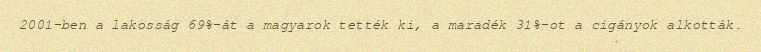
2001-ben a lakosság 69%-át a magyarok tették ki, a maradék 31%-ot a cigányok alkották.